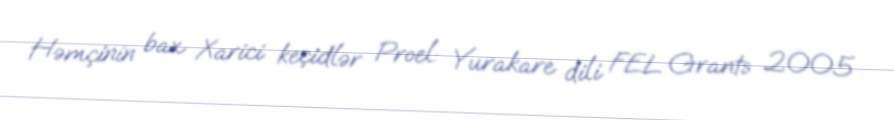
Həmçinin bax Xarici keçidlər Proel: Yurakare dili FEL Grants 2005